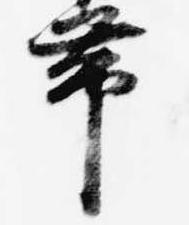
帯